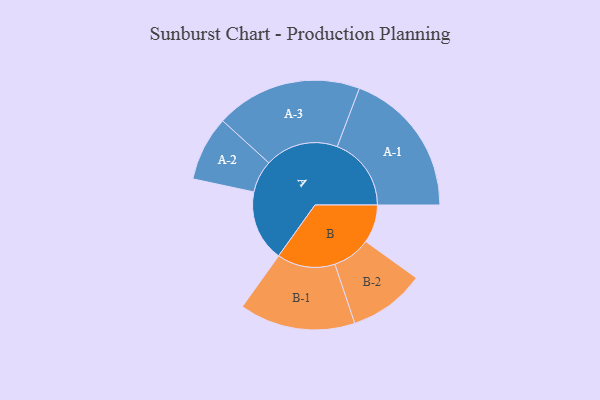
{"axis": {"x": "Segment", "y": "Value"}, "legend": ["", "A", "B"], "data": [{"x": "A", "y": 270, "type": ""}, {"x": "B", "y": 145, "type": ""}, {"x": "A-1", "y": 281, "type": "A"}, {"x": "A-2", "y": 123, "type": "A"}, {"x": "A-3", "y": 278, "type": "A"}, {"x": "B-1", "y": 220, "type": "B"}, {"x": "B-2", "y": 145, "type": "B"}]}